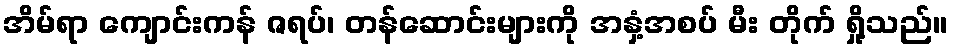
အိမ်ရာ ကျောင်းကန် ဇရပ်၊ တန်ဆောင်းများကို အနှံ့အစပ် မီး တိုက် ရှို့သည်။